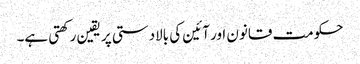
حکومت قانون اور آئین کی بالادستی پر یقین رکھتی ہے۔